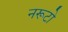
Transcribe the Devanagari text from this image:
नरूटो